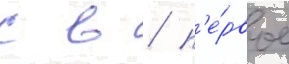
с в / п'е́рвое